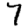
Digit: 7